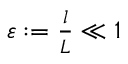
\begin{array} { r } { \varepsilon : = \frac { l } { L } \ll 1 } \end{array}